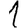
Digit: 1